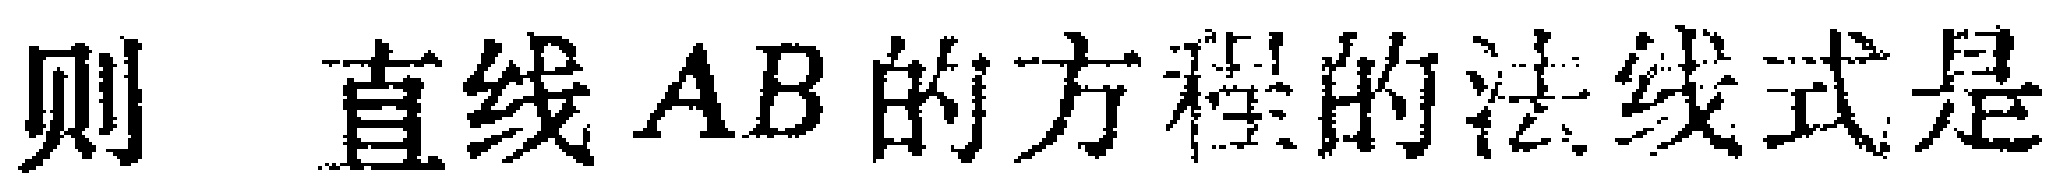
则 直线 \(AB\) 的方程的法线式是